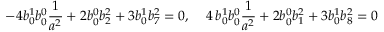
- 4 b _ { 0 } ^ { 1 } b _ { 0 } ^ { 0 } { \frac 1 { a ^ { 2 } } } + 2 b _ { 0 } ^ { 0 } b _ { 2 } ^ { 2 } + 3 b _ { 0 } ^ { 1 } b _ { 7 } ^ { 2 } = 0 , \, \, \, \, \, \, \, 4 \, b _ { 0 } ^ { 1 } b _ { 0 } ^ { 0 } { \frac 1 { a ^ { 2 } } } + 2 b _ { 0 } ^ { 0 } b _ { 1 } ^ { 2 } + 3 b _ { 0 } ^ { 1 } b _ { 8 } ^ { 2 } = 0